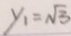
y _ { 1 } = \sqrt { 3 }